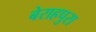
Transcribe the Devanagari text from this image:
बेराहपुरा